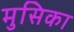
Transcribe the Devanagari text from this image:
मुसिका